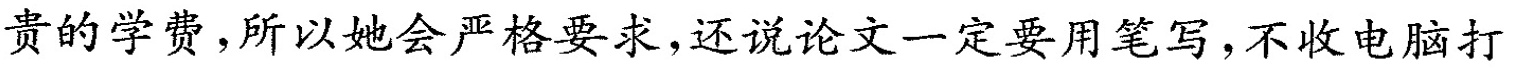
贵的学费，所以她会严格要求，还说论文一定要用笔写，不收电脑打